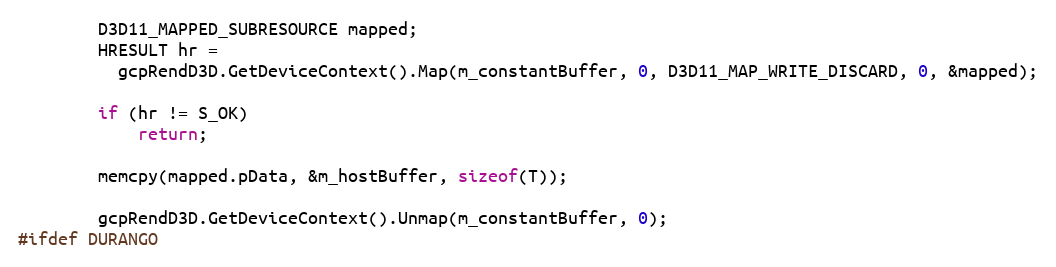
Language: C
		D3D11_MAPPED_SUBRESOURCE mapped;
		HRESULT hr =
		  gcpRendD3D.GetDeviceContext().Map(m_constantBuffer, 0, D3D11_MAP_WRITE_DISCARD, 0, &mapped);

		if (hr != S_OK)
			return;

		memcpy(mapped.pData, &m_hostBuffer, sizeof(T));

		gcpRendD3D.GetDeviceContext().Unmap(m_constantBuffer, 0);
#ifdef DURANGO